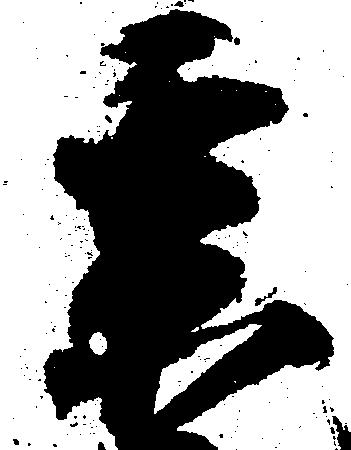
某